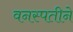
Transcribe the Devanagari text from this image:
वनस्पतीने